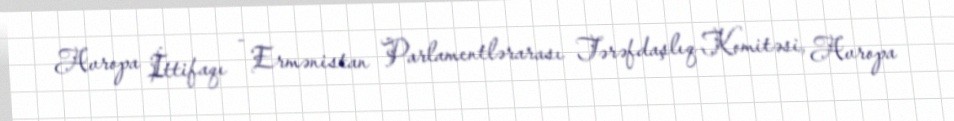
Avropa İttifaqı - Ermənistan Parlamentlərarası Tərəfdaşlıq Komitəsi, Avropa